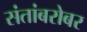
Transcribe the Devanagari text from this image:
संतांबरोबर